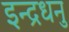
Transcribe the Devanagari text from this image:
इन्द्रधनु